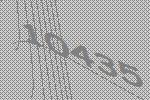
10435